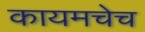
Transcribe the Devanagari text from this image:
कायमचेच